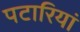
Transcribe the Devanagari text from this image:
पटारियां